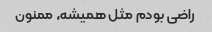
راضی بودم مثل همیشه، ممنون